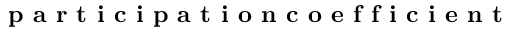
\textbf { p a r t i c i p a t i o n c o e f f i c i e n t }